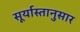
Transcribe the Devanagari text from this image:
सूर्यास्तानुसार